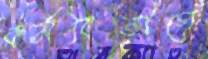
কর্মবিভাগে